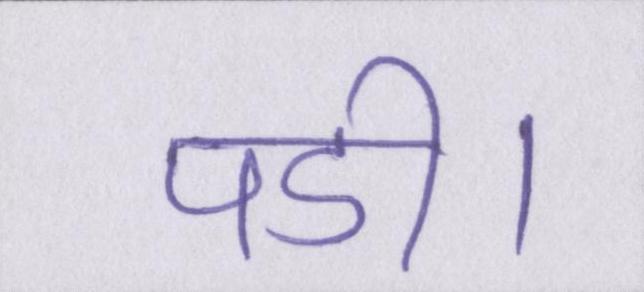
पडी।